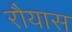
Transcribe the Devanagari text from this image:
रौयास